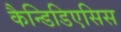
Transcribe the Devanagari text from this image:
कैन्डिडिएसिस